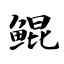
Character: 鲲